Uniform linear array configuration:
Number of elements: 8
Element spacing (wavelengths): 0.5
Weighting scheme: cosine
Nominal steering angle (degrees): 30
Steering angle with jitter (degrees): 31.461
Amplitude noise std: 0.05
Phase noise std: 0.05

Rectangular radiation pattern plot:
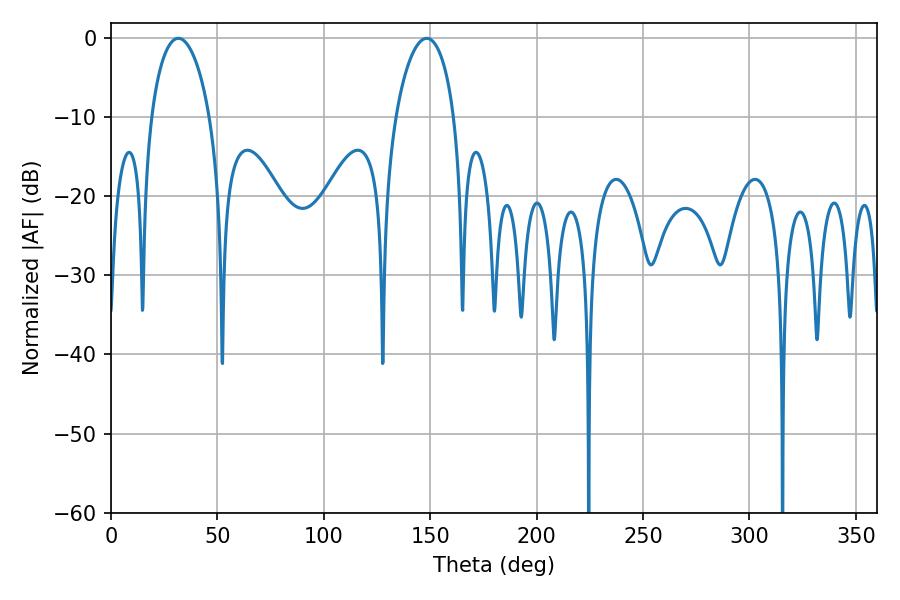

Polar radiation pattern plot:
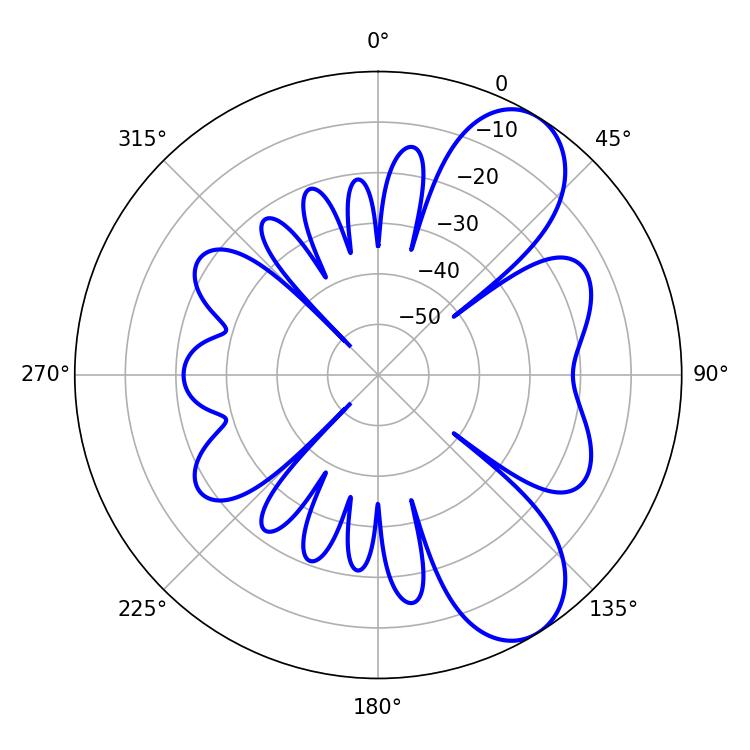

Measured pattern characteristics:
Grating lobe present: FALSE
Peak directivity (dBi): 8.014
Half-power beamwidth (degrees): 15.66
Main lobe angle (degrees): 31.68